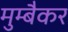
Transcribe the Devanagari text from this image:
मुम्बैकर